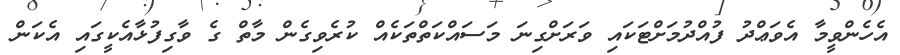
އެހެންވީމާ އެވަޢްދު ފުއްދުމަށްޓަކައި ވަރަށްގިނަ މަސައްކަތްތަކެއް ކުރެވިގެން މާތް ގެ ވާގިފުޅާއެކީގައި އެކަން